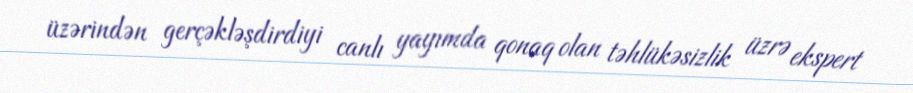
üzərindən gerçəkləşdirdiyi canlı yayımda qonaq olan təhlükəsizlik üzrə ekspert